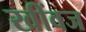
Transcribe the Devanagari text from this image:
खींवज